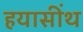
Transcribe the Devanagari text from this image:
हयासींथ